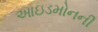
આઇડમોનની